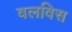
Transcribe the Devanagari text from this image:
वलविस